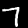
Label: 7